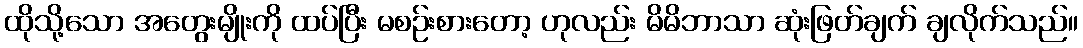
ထိုသို့သော အတွေးမျိုးကို ထပ်ပြီး မစဉ်းစားတော့ ဟုလည်း မိမိဘာသာ ဆုံးဖြတ်ချက် ချလိုက်သည်။